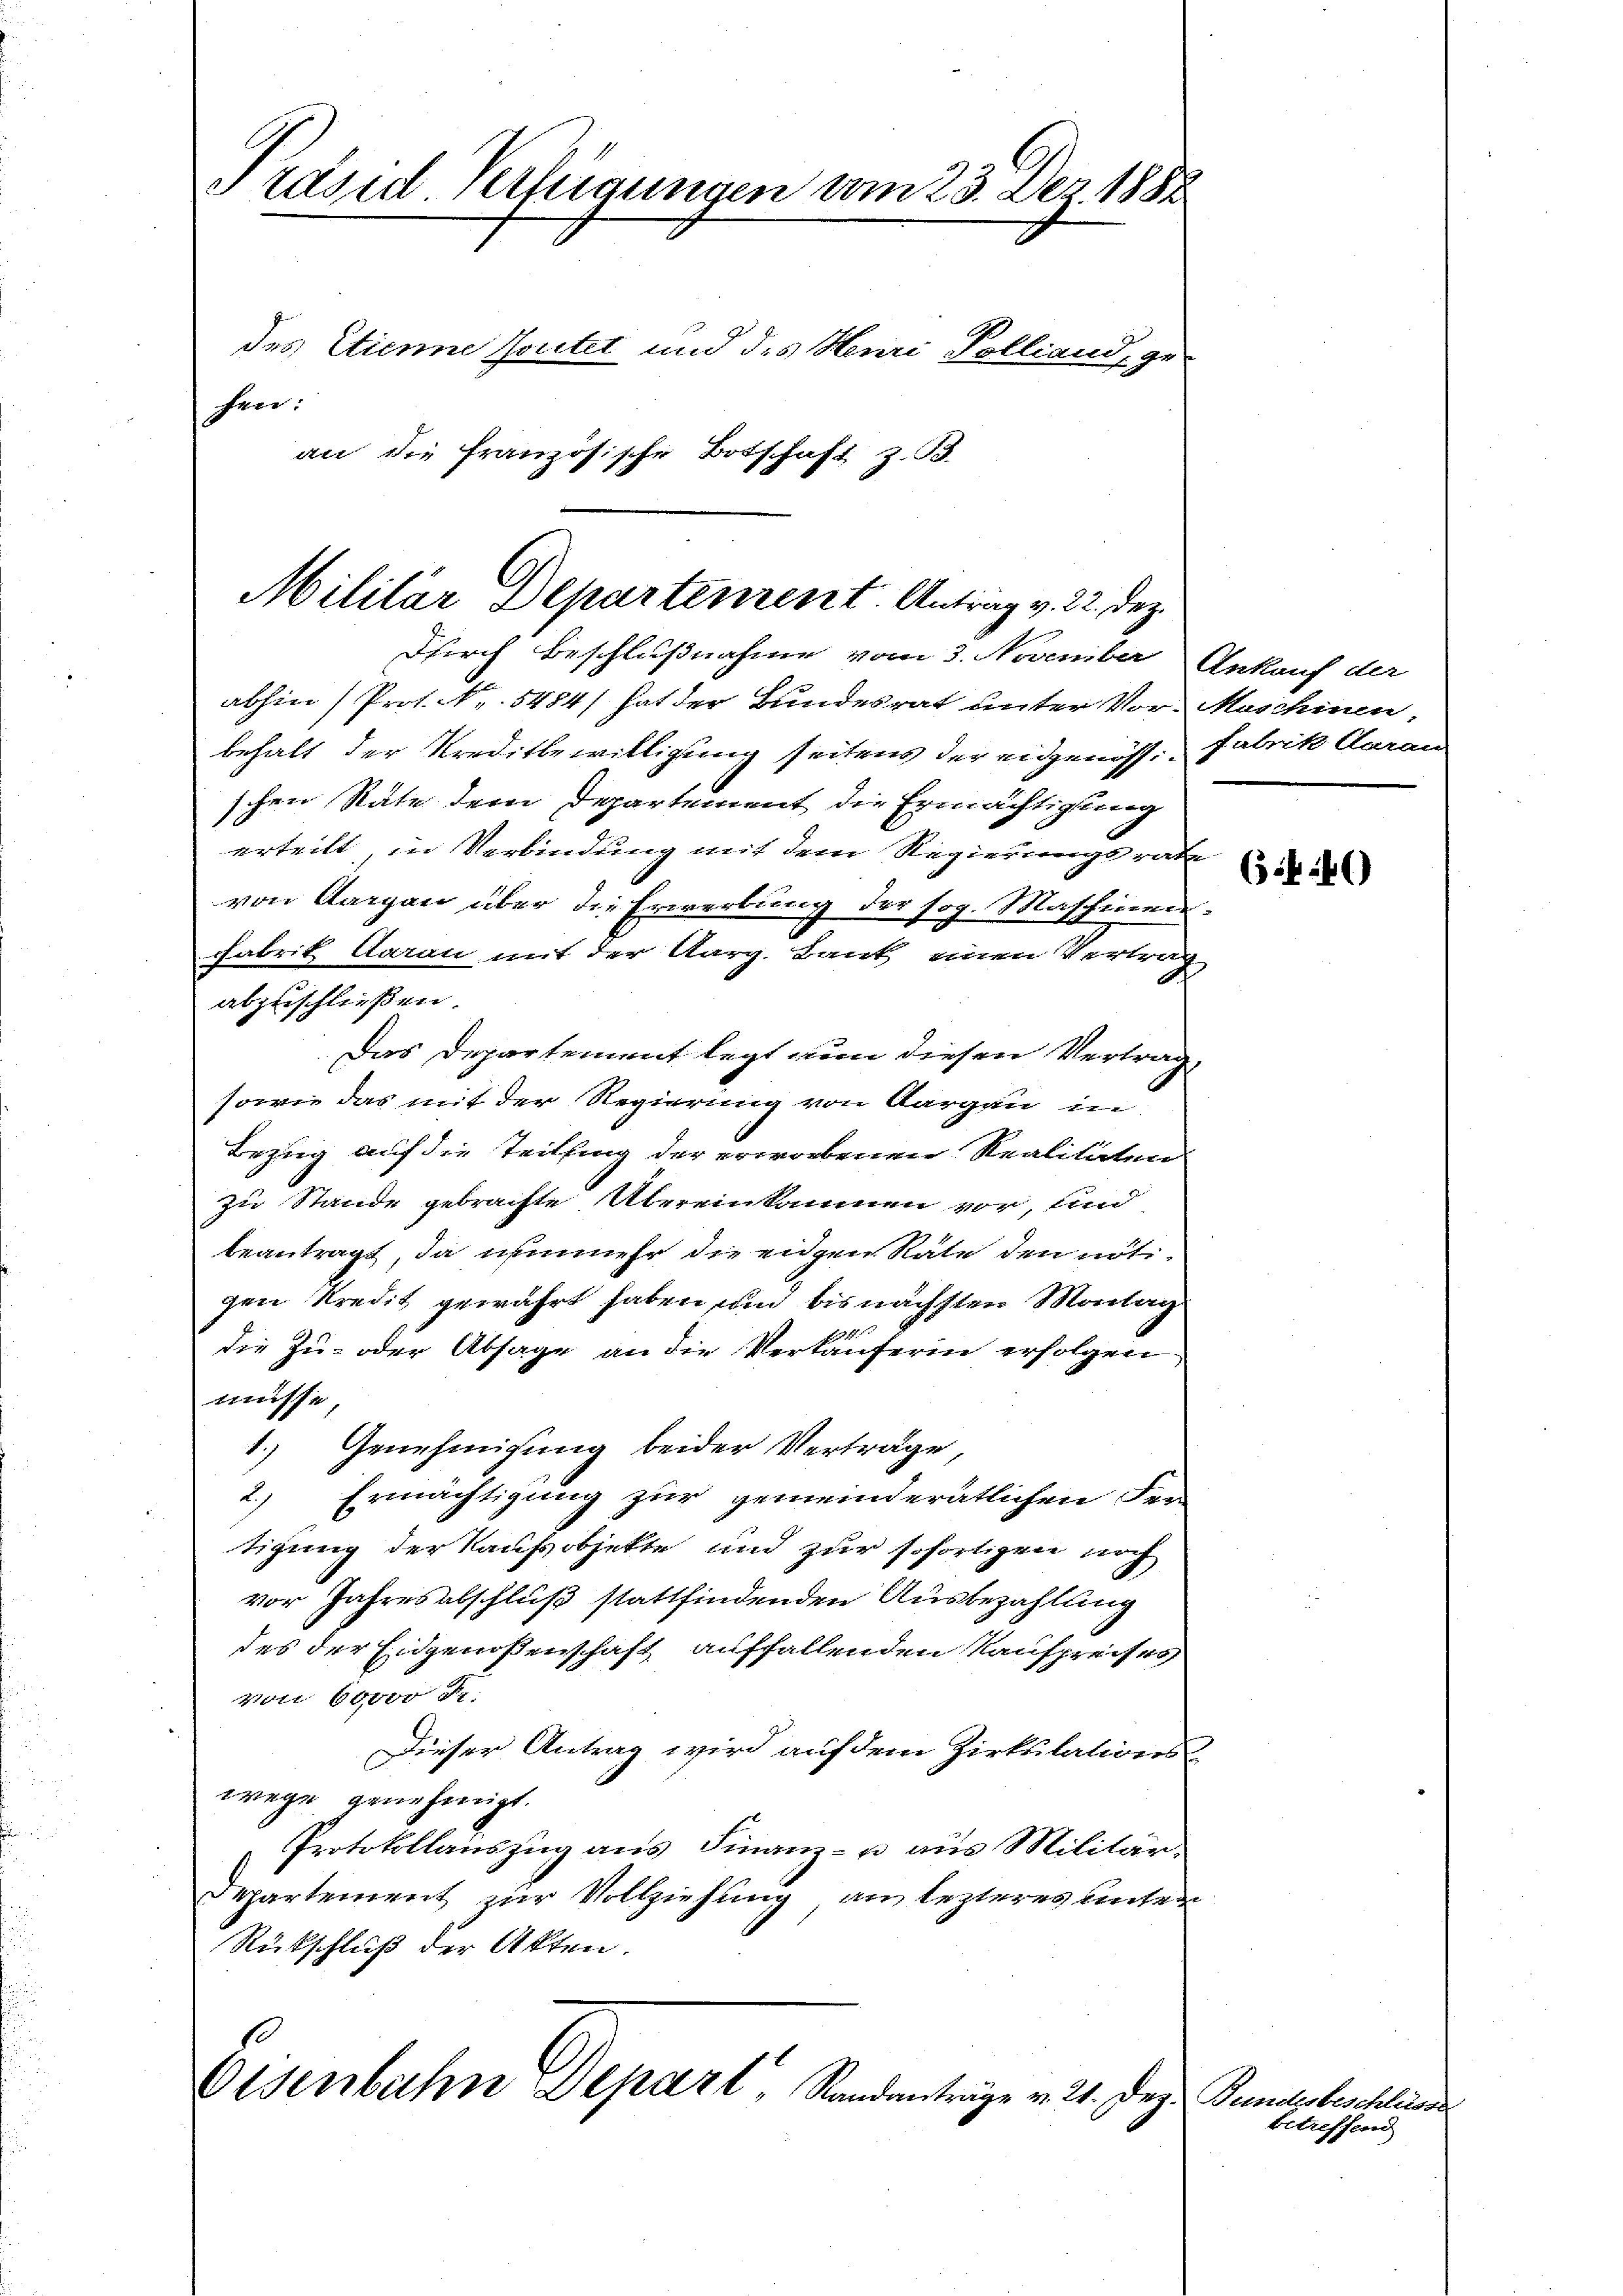
Edsid. Verfügungen vom 23. Dez. 1883.
des Stienne soutet und des Herr Polland, gefen.
an die Französische Botschaft z. B.

Militar Departement. Antrag v. 22. dez.
Dirch Beschlußnahme vom 3. November
abhin (Prot. Nr. 5454) hat der Bundesrat unter Vor-

von Aargau über die Erwerbung der sog. Maschinen.
Fabrik Garan mit der Karg. Bank einen Vertrag
abzuschließen.
Das Departement legt zum diesen Vertrag
sowie das mit der Regierung von Aargau in
Bezug auf die Teilfing der erworbenen Realitäten
zu Stande gebrachte Übereinkommen vor, sind
beantragt, da nunmehr die eingen Räte den nöti-
gen Kredit gewährt haben, und bis nächsten Montag
die Zu- oder Absage an die Verkäuferin erfolgen
müsse
1
Genehmigung beider Verträge,
2
Ermächtigung zur gemeinderätlichen der
tigung der Kaufsobjekte und zur sofortigen noch
vor Jahres abschluß stattfindenden Ausbezahlung
des der Eidgenossenschaft auffallenden Kaufpreises,
von 60000 Fr.
Dieser Antrag wird auf dem Zirkulations-
wege genehmigt.
Protokollauszug aus Finanz- u. aus Militär-
hartement zur Vollziehung am lezteres unter
Rückschluß der Akten.

behalt der Kreditbewilligung seitens der eidgenössi
schen Räte dem Departement die Ermächtigung
erteilt in Verbindung mit dem Regierungsrate

se
Osenbahn Depart, Randanträge v. 24. Dez.

Ankauf der
Muschinen
fatrik Garan

(356)

betreffend

Fundesbeschlisse